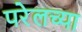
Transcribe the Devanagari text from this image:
परेलच्या